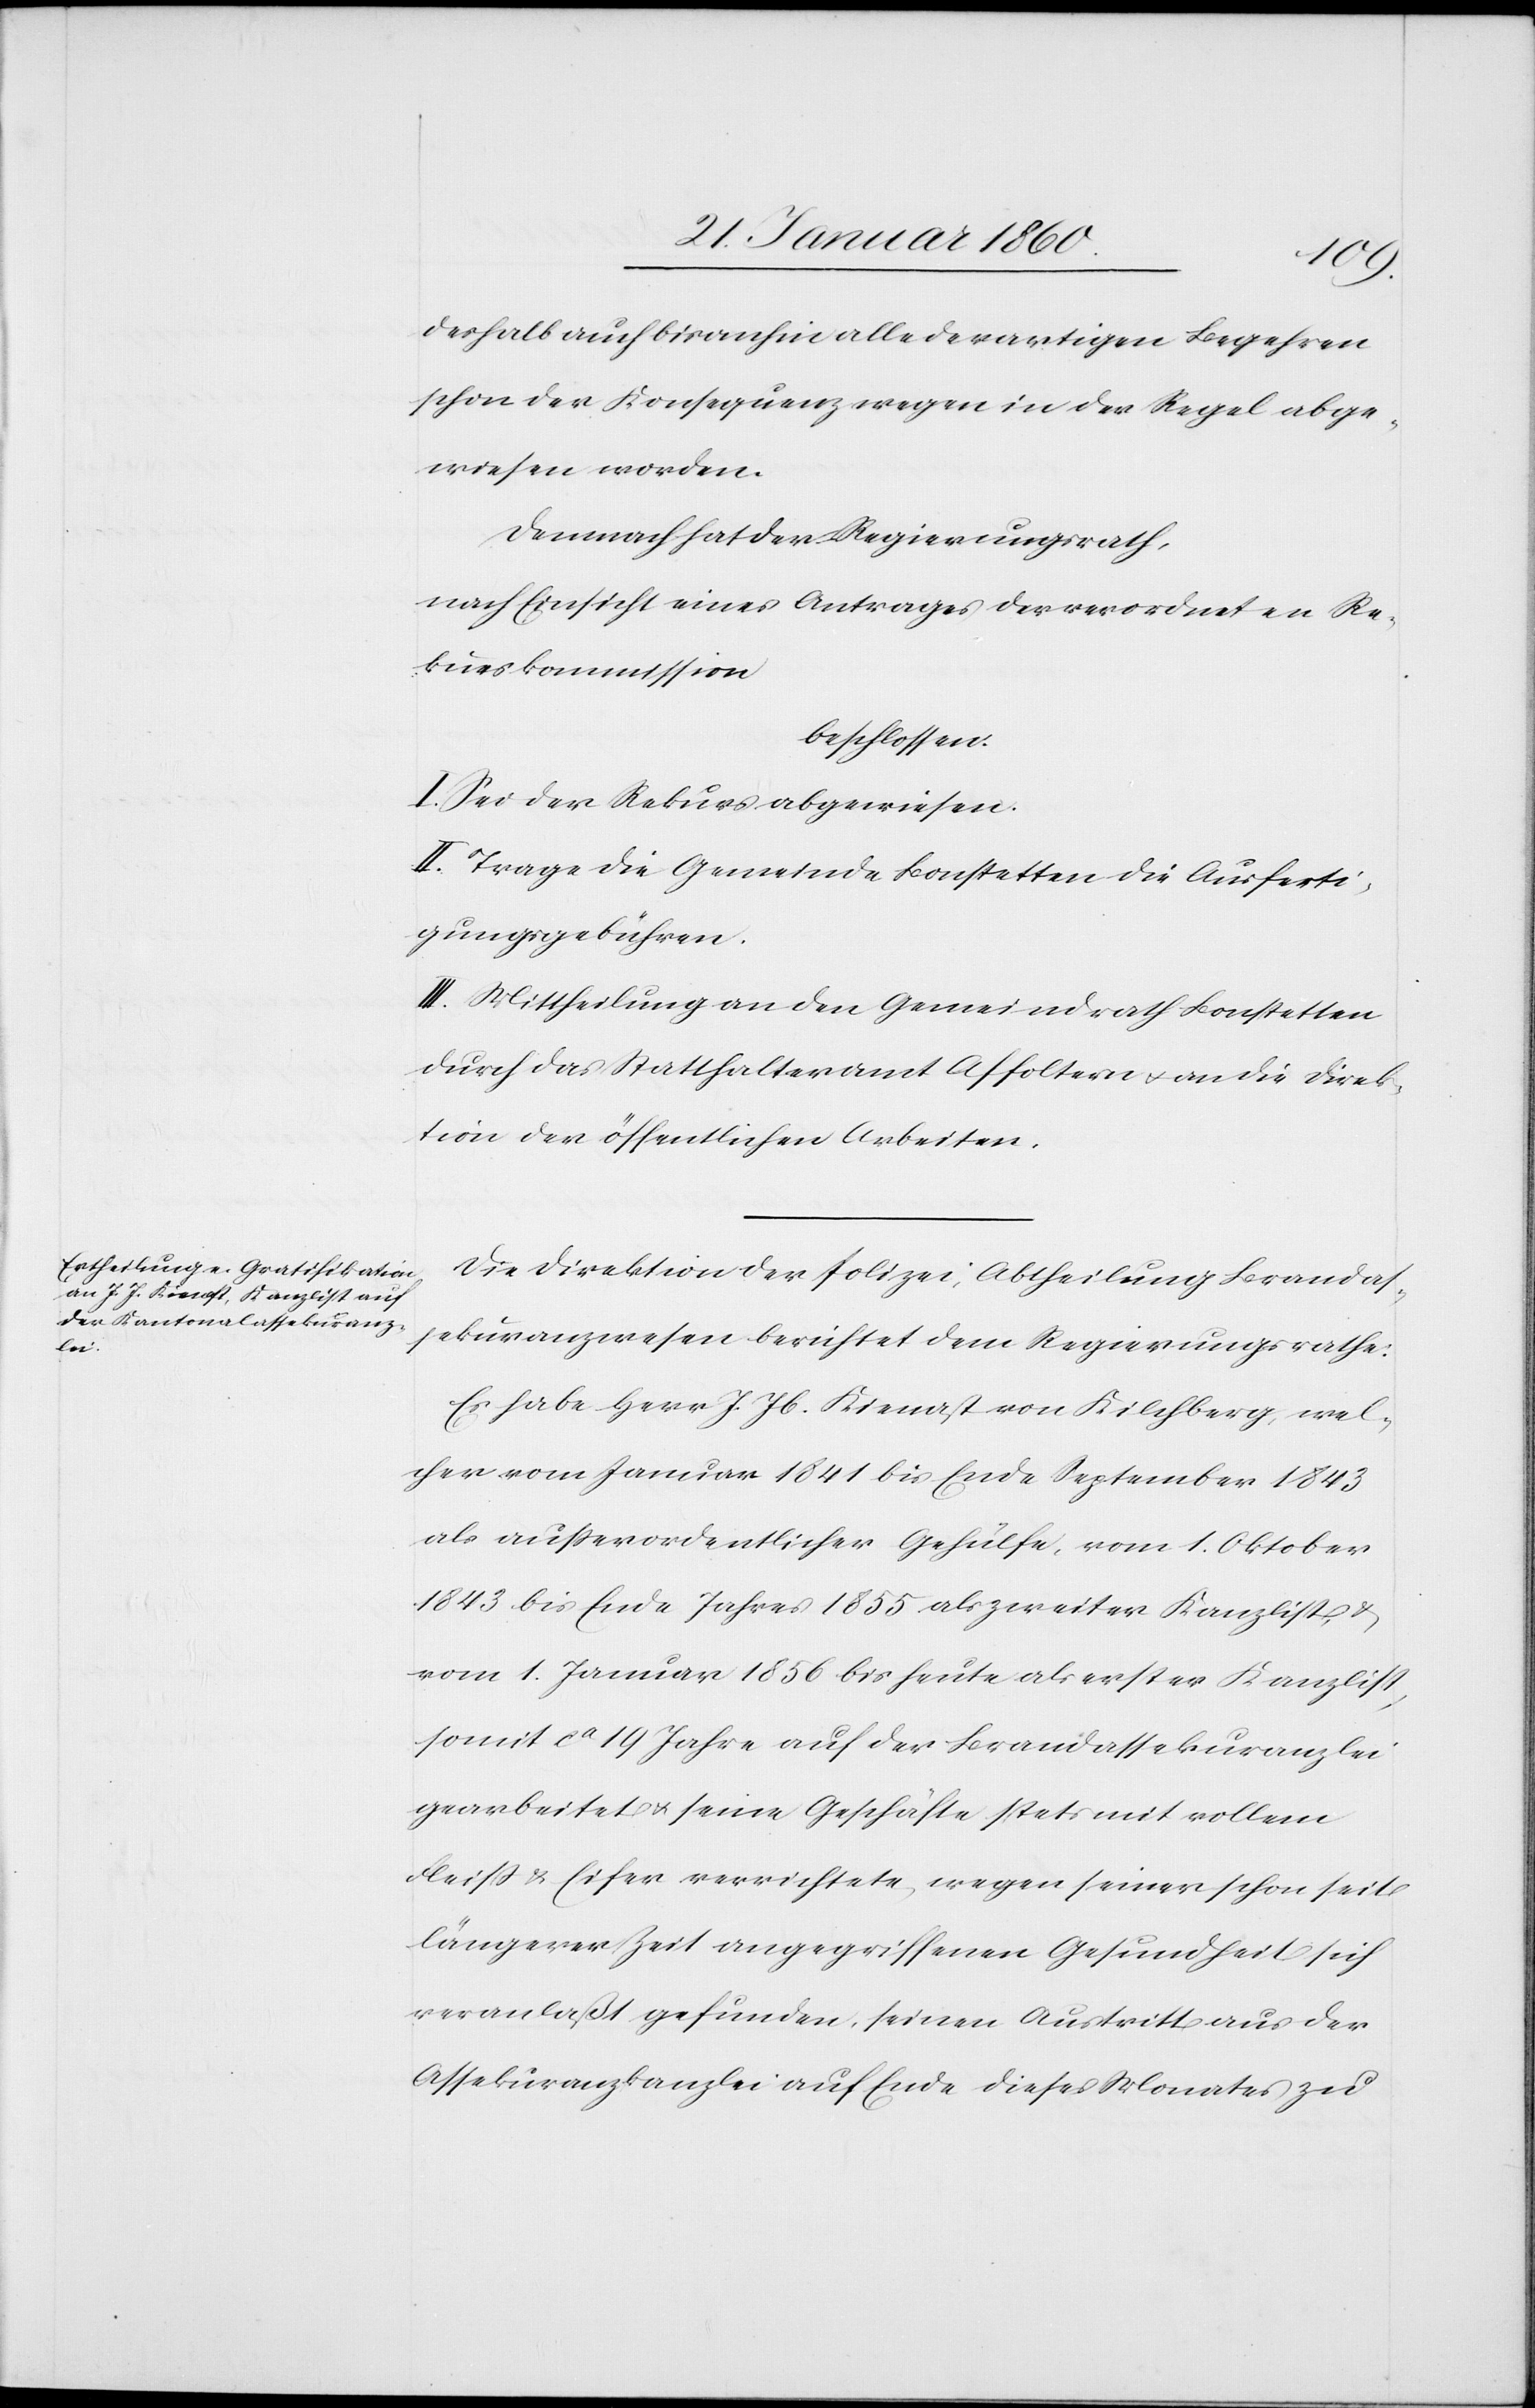
z]lei

deshalb auch bisanhin alle derartigen Begehren
schon der Konsequenz wegen in der Regel abge¬
wiesen worden.
Demnach hat der Regierungsrath,
nach Einsicht eines Antrages der verordneten Re¬
kurskommission
beschlossen:
I. Sei der Rekurs abgewiesen.
II. Trage die Gemeinde Bonstetten die Ausferti¬
gungsgebühren.
III. Mittheilung an den Gemeindrath Bonstetten
durch das Statthalteramt Affoltern u. an die Direk¬
tion der öffentlichen Arbeiten.
Die Direktion der Polizei, Abtheilung Brandas¬
sekuranzwesen berichtet dem Regierungsrathe:
Es habe Herr J. Jb. Kienast von Kilchberg, wel¬
cher vom Januar 1841 bis Ende September 1843
als ausserordentlicher Gehülfe, vom 1. Oktober
1843 bis Ende Jahres 1855 als zweiter Kanzlist, u.
vom 1. Januar 1856 bis heute als erster Kanzlist,
somit ca 19 Jahre auf der Brandassekuranz[kan¬
gearbeitet u. seine Geschäfte stets mit vollem
Fleiß u. Eifer verrichtete, wegen seiner schon seit
längerer Zeit angegriffenen Gesundheit sich
veranlaßt gefunden, seinen Austritt aus der
Assekuranzkanzlei auf Ende dieses Monates zu